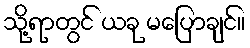
သို့ရာတွင် ယခု မပြောချင်။